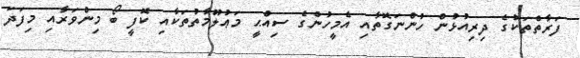
ފަރާތްތަކުގެ ދިރިއުޅުން ހުންނަގޮތާއި އެމީހުންގެ ސިއްޙީ މަޢުލޫމާތުތަކާއި ކޮފީ ބޯ މިންވަރާއި މިފަދަ